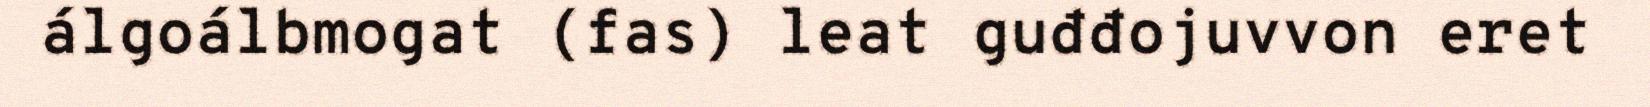
álgoálbmogat (fas) leat guđđojuvvon eret